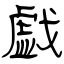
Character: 戯